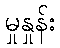
မှုနှုန်း